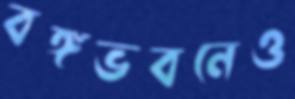
বঙ্গভবনেও